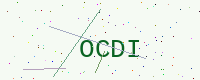
Text: OCDI